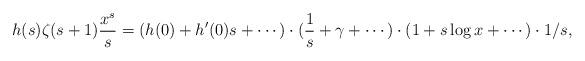
LaTeX: \begin{align*}h(s)\zeta(s+1)\frac{x^s}{s}=(h(0)+h^\prime(0)s+\cdots)\cdot(\frac{1}{s}+\gamma+\cdots)\cdot(1+s\log x+\cdots)\cdot1/s,\end{align*}